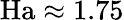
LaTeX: \mathrm{Ha}\approx 1.75